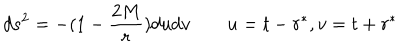
d s ^ { 2 } = - ( 1 - { \frac { 2 M } { r } } ) d u d v \qquad u = t - r ^ { * } , v = t + r ^ { * }